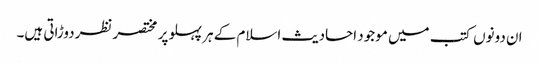
ان دونوں کتب میں موجود احادیث اسلام کے ہر پہلو پر مختصر نظردوڑاتی ہیں۔